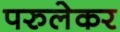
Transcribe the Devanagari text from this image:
परुलेकर